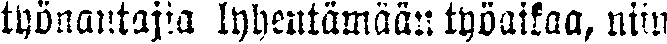
työnantajia lyhentämään työaikaa, niin